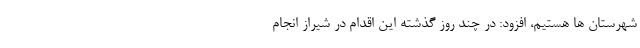
شهرستان ها هستیم، افزود: در چند روز گذشته این اقدام در شیراز انجام